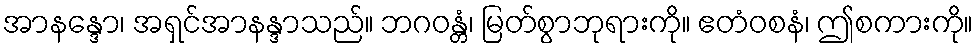
အာနန္ဒော၊ အရှင်အာနန္ဒာသည်။ ဘဂဝန္တံ၊ မြတ်စွာဘုရားကို။ ဧတံဝစနံ၊ ဤစကားကို။